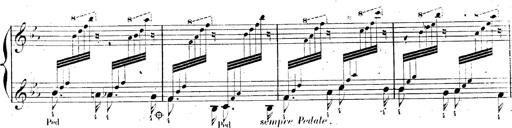
Title: AnnÃ©es de pÃ¨lerinage II, SupplÃ©ment
Composer: Franz Liszt